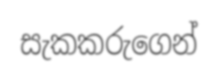
සැකකරුගෙන්